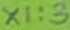
Text: X1:3